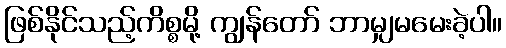
ဖြစ်နိုင်သည့်ကိစ္စမို့ ကျွန်တော် ဘာမျှမမေးခဲ့ပါ။